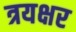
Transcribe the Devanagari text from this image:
त्रयक्षर